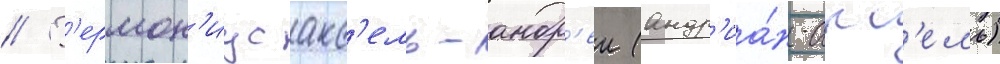
// Г'ермон'иус акс'ель-андр'еи (андр'иа́н-акс'ель)